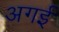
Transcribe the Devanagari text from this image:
अगई